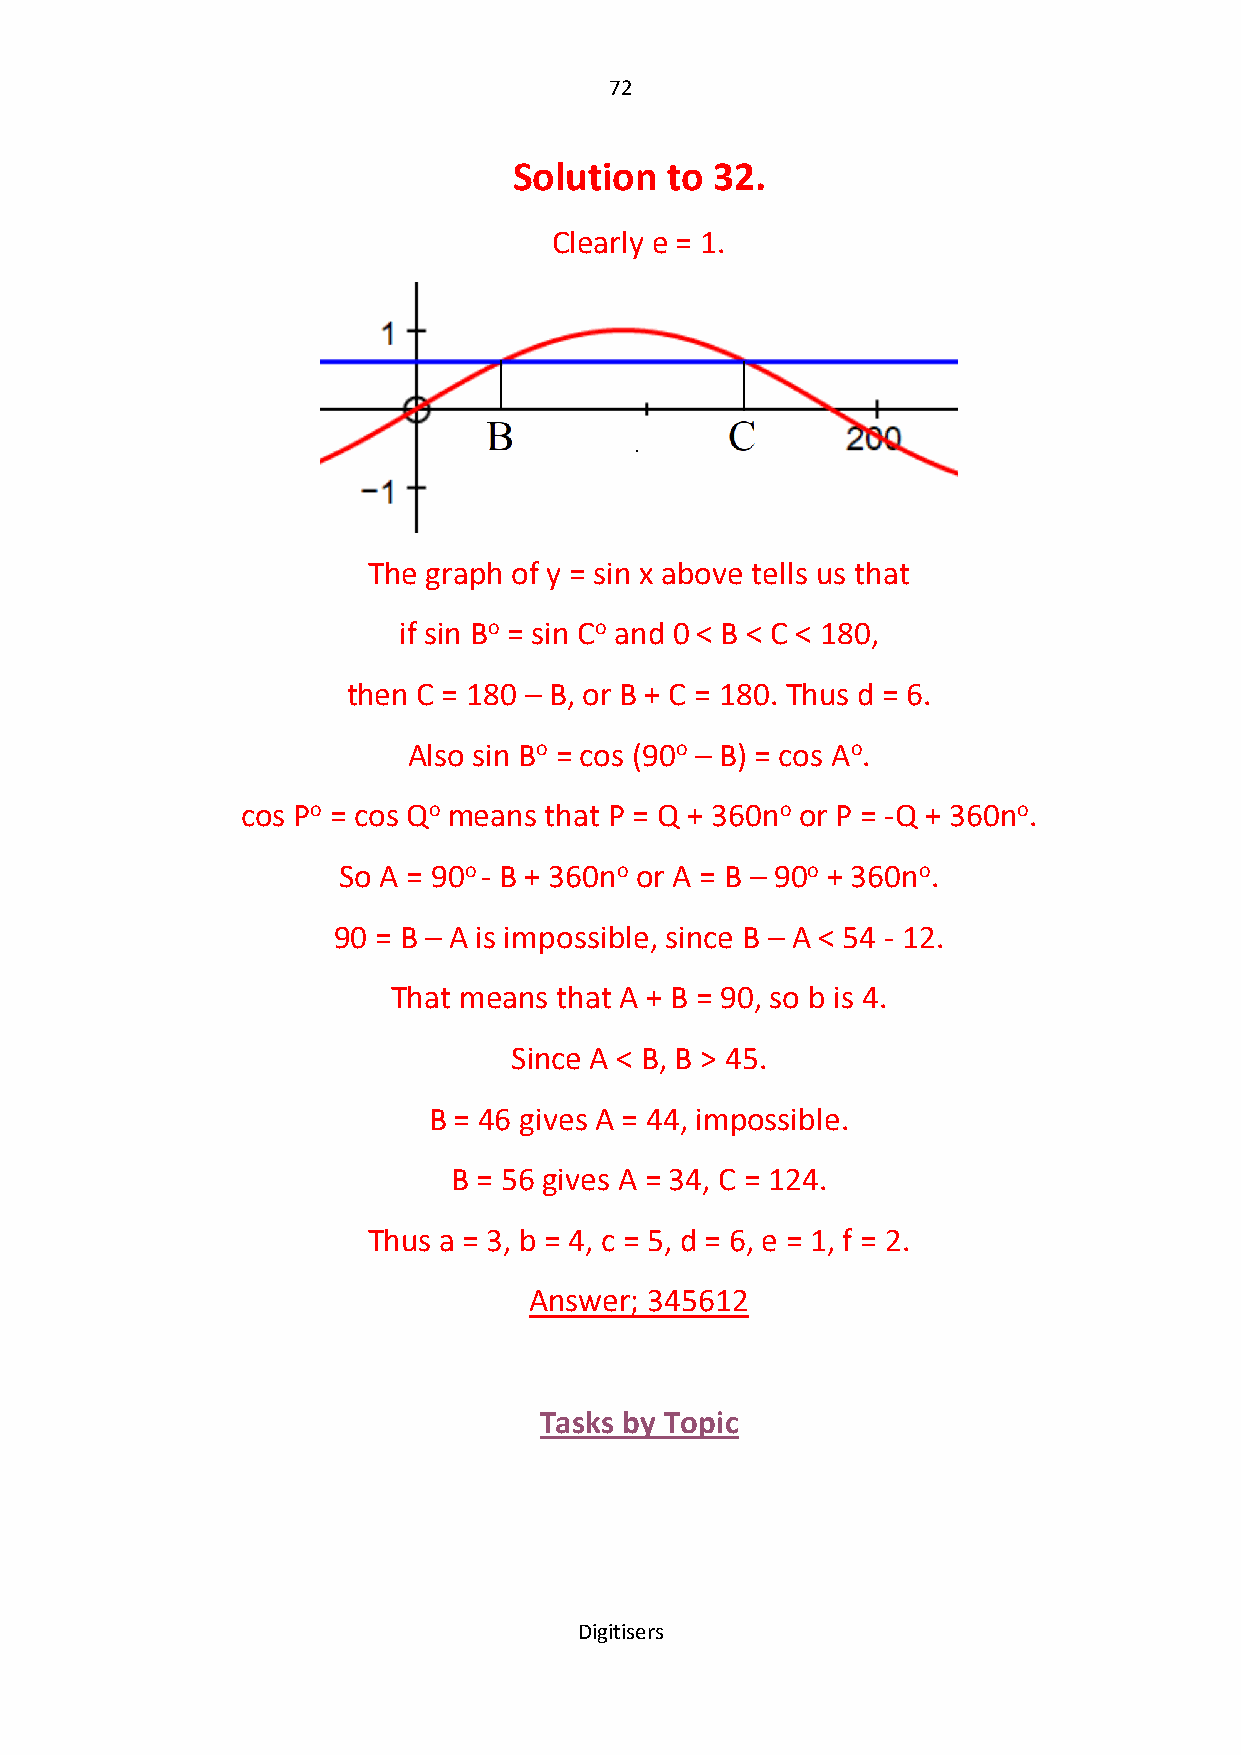
72
 Solution  to 32.
 Clearly e = 1.
 The graph of y = sin x above tells us that
 if sin Bo = sin Co and 0 < B < C < 180,
 then C = 180 – B, or B + C = 180. Thus d = 6.
 Also sin Bo = cos (90o – B) = cos Ao.
 cos Po = cos Qo means that P = Q + 360no or P = -Q + 360no.
 So A = 90o - B + 360no or A = B – 90o + 360no.
 90 = B – A is impossible, since B – A < 54 - 12.
 That means that A + B = 90, so b is 4.
 Since A < B, B > 45.
 B = 46 gives A = 44, impossible.
 B = 56 gives A = 34, C = 124.
 Thus a = 3, b = 4, c = 5, d = 6, e = 1, f = 2.
 Answer; 345612
 Tasks by Topic
 Digitisers